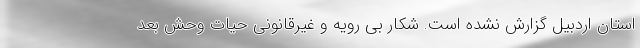
استان اردبیل گزارش نشده است. شکار بی رویه و غیرقانونی حیات وحش بعد